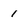
Character: 1